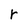
Character: r